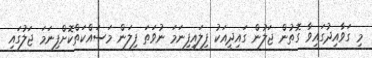
މި ގަވާއިދުގައިވާ ގޮތުން ޖަލުން ގައިދީއަކު ފިލައިފިނަމަ ނުވަތަ ފިލަން މަސައްކަތްކޮށްފިނަމަ ޖަލުގައި